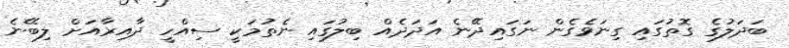
ބަދަލުގެ ގޮތުގައި ގިނަވެގެން ނަގައިދޭނެ އަދަދެއް ބިލުގައި ނެތުމަކީ ސިއްހީ ދާއިރާއަށް ލިބޭނެ